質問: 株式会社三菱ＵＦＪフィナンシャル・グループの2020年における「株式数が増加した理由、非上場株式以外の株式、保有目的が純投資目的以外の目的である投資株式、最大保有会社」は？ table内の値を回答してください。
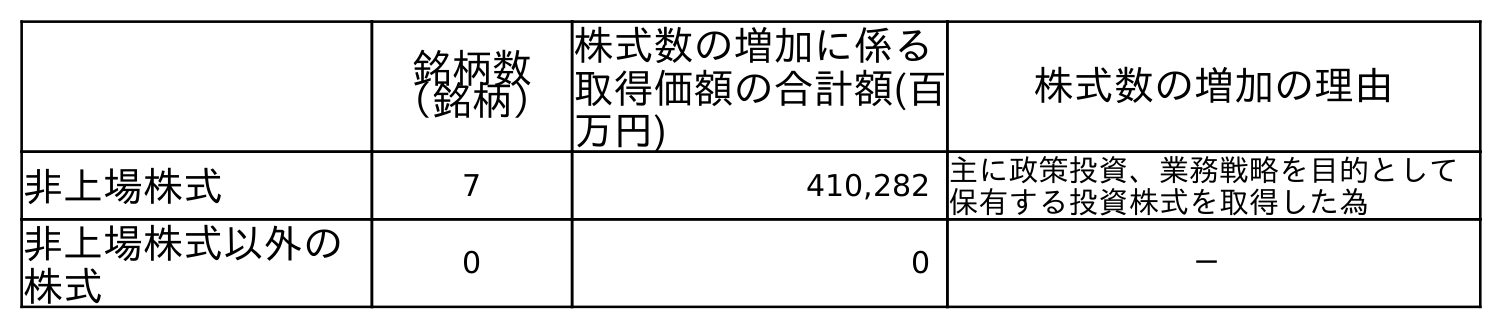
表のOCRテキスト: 銘柄数 （銘柄） 株式数の増加に係る 取得価額の合計額(百 万円) 株式数の増加の理由 非上場株式 7 410,282 主に政策投資、業務戦略を目的として 保有する投資株式を取得した為 非上場株式以外の 株式 0 0 －
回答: －